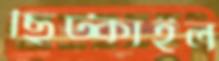
ছিট্‌কাইল